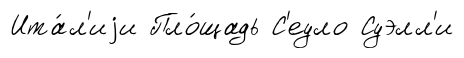
Ита́л'иjи Пло́щадь С'еуло Суэлл'и